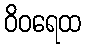
ဝိဝရေထ